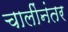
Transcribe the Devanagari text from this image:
चालींनंतर